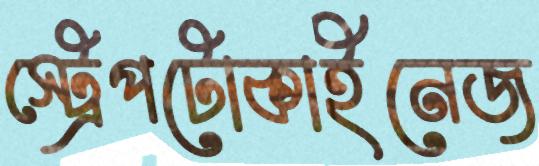
স্ট্রেপটোকাইনেজ